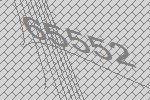
65552